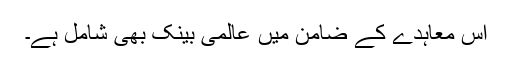
اس معاہدے کے ضامن میں عالمی بینک بھی شامل ہے۔